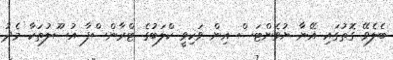
ބެލެވޭ ގޮތުގައި އޭނާ ޔުވެންޓަސް އިން ވަކިވީ ކްލަބުގެ ޓްރާންސްފާ އުސޫލުތަކާ މެދު